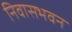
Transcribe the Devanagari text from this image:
निवासभवन